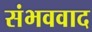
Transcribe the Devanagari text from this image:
संभववाद